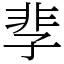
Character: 𩇫